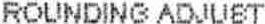
ROUNDING ADJUST